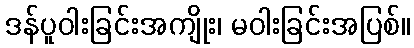
ဒန်ပူဝါးခြင်းအကျိုး၊ မဝါးခြင်းအပြစ်။